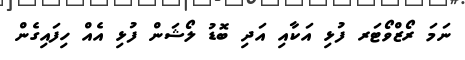
ނަމަ ރޯޒްވޯޓަރ ފުޅި އަކާއި އަދި ބޮޑު ލޯޝަން ފުޅި އެއް ހިފައިގެން